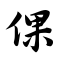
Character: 倮